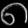
Digit: ၈